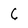
Character: 6